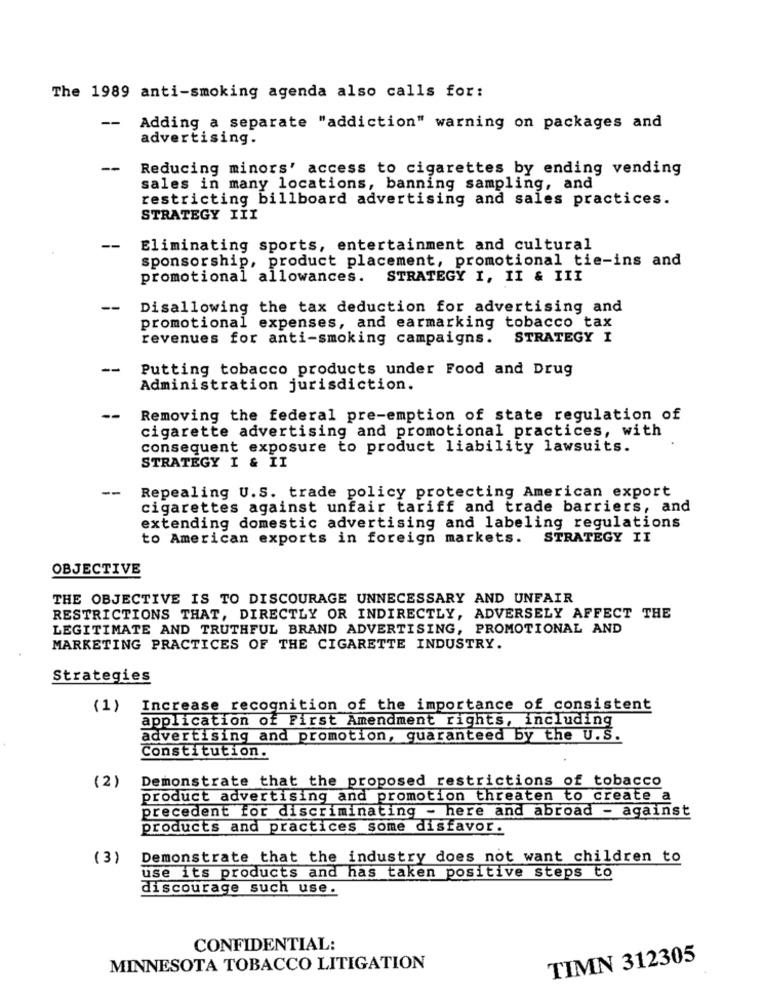
The 1989 anti-smoking agenda also calls for:
--
Adding a separate "addiction" warning on packages and
advertising.
--
Reducing minors' access to cigarettes by ending vending
sales in many locations, banning sampling, and
restricting billboard advertising and sales practices.
STRATEGY III
--
Eliminating sports, entertainment and cultural
sponsorship, product placement, promotional tie-ins and
promotional allowances. STRATEGY I, II & III
--
Disallowing the tax deduction for advertising and
promotional expenses, and earmarking tobacco tax
revenues for anti-smoking campaigns.
STRATEGY I
--
Putting tobacco products under Food and Drug
Administration jurisdiction.
--
Removing the federal pre-emption of state regulation of
cigarette advertising and promotional practices, with
consequent exposure to product liability lawsuits.
STRATEGY I & II
--
Repealing U.S. trade policy protecting American export
cigarettes against unfair tariff and trade barriers, and
extending domestic advertising and labeling regulations
to American exports in foreign markets.
STRATEGY II
OBJECTIVE
THE OBJECTIVE IS TO DISCOURAGE UNNECESSARY AND UNFAIR
RESTRICTIONS THAT, DIRECTLY OR INDIRECTLY, ADVERSELY AFFECT THE
LEGITIMATE AND TRUTHFUL BRAND ADVERTISING, PROMOTIONAL AND
MARKETING PRACTICES OF THE CIGARETTE INDUSTRY.
Strategies
(1)
Increase recognition of the importance of consistent
application of First Amendment rights, including
advertising and promotion, guaranteed by the U.S.
Constitution.
Demonstrate that the proposed restrictions of tobacco
(2)
product advertising and promotion threaten to create a
precedent for discriminating - here and abroad - against
products and practices some disfavor.
(3)
Demonstrate that the industry does not want children to
use its products and has taken positive steps to
discourage such use.
CONFIDENTIAL:
TIMN 312305
MINNESOTA TOBACCO LITIGATION